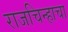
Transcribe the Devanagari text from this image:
राजचिन्हाचा